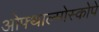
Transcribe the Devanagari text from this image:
ओफ्थाल्मोस्कोपे